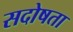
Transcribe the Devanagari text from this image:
सदोषता